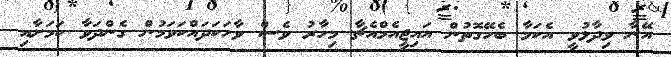
އޭނާ ވިދާޅުވީ އެކަމާ ބެހޭގޮތުން އައިޖީއެމްއެޗާ މިހާރު ވެސް ވާހަކަދައްކަވަމުން ގެންދަވާ ކަމަށާއި